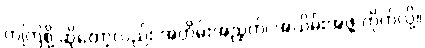
ကကြစို့ ဆိုတော့လည်း အတိမ်းအညွတ်၊ အယိမ်းအဖွဲ့ ကိုက်လို့။